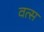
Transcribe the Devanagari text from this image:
वत्‍स